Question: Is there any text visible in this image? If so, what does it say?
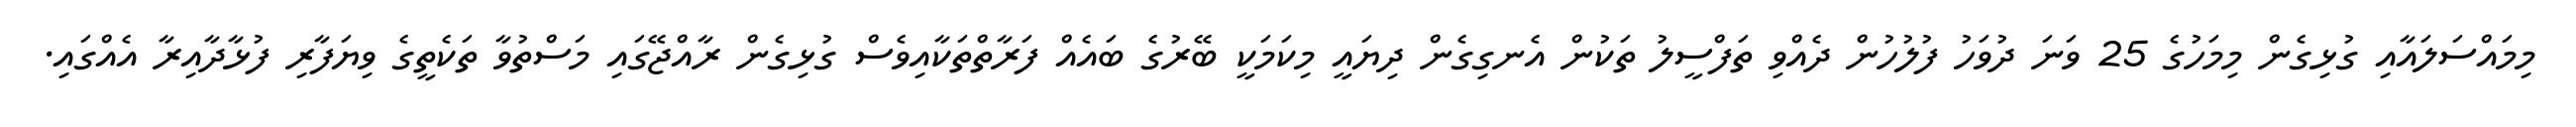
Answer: މިމައްސަލައާއި ގުޅިގެން މިމަހުގެ 25 ވަނަ ދުވަހު ފުލުހުން ދެއްވި ތަފްސީލު ތަކުން އެނގިގެން ދިޔައީ މިކަމަކީ ބޭރުގެ ބައެއް ފަރާތްތަކާއިވެސް ގުޅިގެން ރާއްޖޭގައި މަސްތުވާ ތަކެތީގެ ވިޔަފާރި ފުޅާދާއިރާ އެއްގައި.